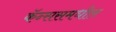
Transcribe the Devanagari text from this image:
कॅन्ससमधील